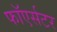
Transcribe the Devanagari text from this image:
फाॅएर्सटर